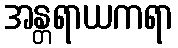
အန္တရာယကရာ